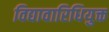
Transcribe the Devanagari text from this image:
विद्यावारिधियुक्त